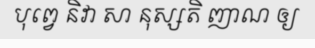
បុព្វេ និវា សា នុស្សតិ ញាណ ឲ្យ